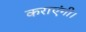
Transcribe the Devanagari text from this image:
कराएंगी।